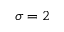
\sigma = 2